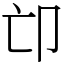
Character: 𠨑